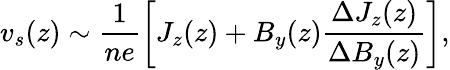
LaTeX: v_{s}(z)\sim\frac{1}{ne}\left[J_{z}(z)+B_{y}(z)\frac{\Delta J_{z}(z)}{\Delta B_{y}(z)}\right],